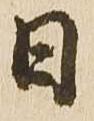
日